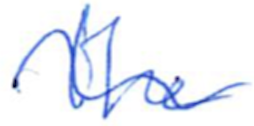
Text: the
Cross-out: wave
Writing tool: ballpoint